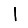
Digit: 1